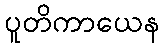
ပူတိကာယေန